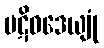
ပဋိဝဒေယျုံ